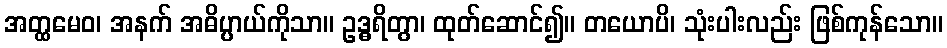
အတ္ထမေဝ၊ အနက် အဓိပ္ပာယ်ကိုသာ။ ဥဒ္ဓရိတွာ၊ ထုတ်ဆောင်၍။ တယောပိ၊ သုံးပါးလည်း ဖြစ်ကုန်သော။